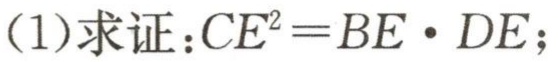
(1)求证：\(CE^{2}=BE\cdot DE\)；